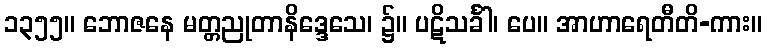
၁၃၅၅။ ဘောဇနေ မတ္တညုတာနိဒ္ဒေသေ၊ ၌။ ပဋိသင်္ခါ၊ ပေ။ အာဟာရေတီတိ-ကား။